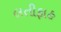
લતીફાહ